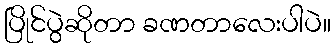
ပြိုင်ပွဲဆိုတာ ခဏတာလေးပါပဲ။